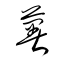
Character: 薯